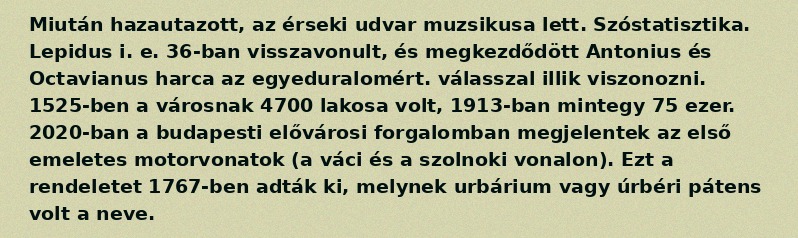
Miután hazautazott, az érseki udvar muzsikusa lett. Szóstatisztika. Lepidus i. e. 36-ban visszavonult, és megkezdődött Antonius és Octavianus harca az egyeduralomért. válasszal illik viszonozni. 1525-ben a városnak 4700 lakosa volt, 1913-ban mintegy 75 ezer. 2020-ban a budapesti elővárosi forgalomban megjelentek az első emeletes motorvonatok (a váci és a szolnoki vonalon). Ezt a rendeletet 1767-ben adták ki, melynek urbárium vagy úrbéri pátens volt a neve.